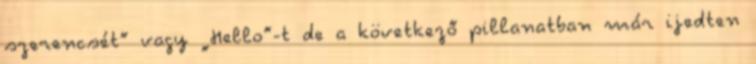
szerencsét” vagy „Hello”-t de a következő pillanatban már ijedten